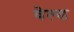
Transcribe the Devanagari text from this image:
वेल्‍ड